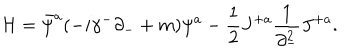
LaTeX: { \cal H } = \bar { \psi } ^ { a } ( - i \gamma ^ { - } \partial _ { - } + m ) \psi ^ { a } - { \frac { 1 } { 2 } } J ^ { + a } { \frac { 1 } { \partial _ { - } ^ { 2 } } } J ^ { + a } .